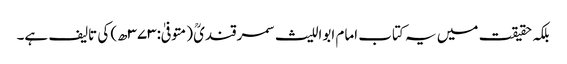
بلکہ حقیقت میں یہ کتاب امام ابواللیث سمرقندیؒ (متوفیٰ:۳۷۳ھ) کی تالیف ہے۔